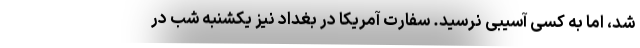
شد، اما به کسی آسیبی نرسید. سفارت آمریکا در بغداد نیز یکشنبه شب در